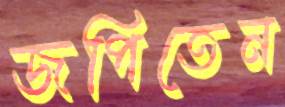
জপিতেন